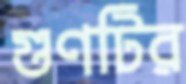
গুণটির